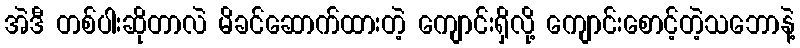
အဲဒီ တစ်ပါးဆိုတာလဲ မိခင်ဆောက်ထားတဲ့ ကျောင်းရှိလို့ ကျောင်းစောင့်တဲ့သဘောနဲ့